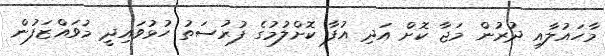
މާހައުލާއި ދުރުން މަޖާ ކޮށް އަދި އުފާ ކޮށްލުމުގެ ފުރުސަތު ހުޅުވައިދީ މުވައްޒަފުން